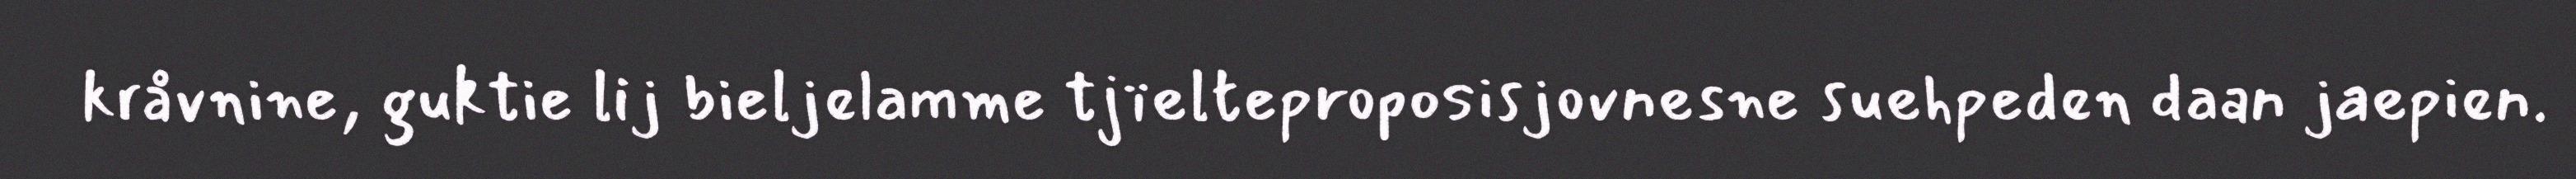
kråvnine, guktie lij bieljelamme tjïelteproposisjovnesne suehpeden daan jaepien.